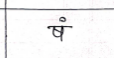
मजकूर: षं